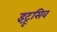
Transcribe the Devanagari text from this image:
इंट्रूसिव